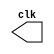
module clock ( output clk ); 
	reg clk; 
	
	initial begin 
		clk = 1'b0; 
	end 
	
	always begin 
		#3 clk = ~clk; 
end 

endmodule